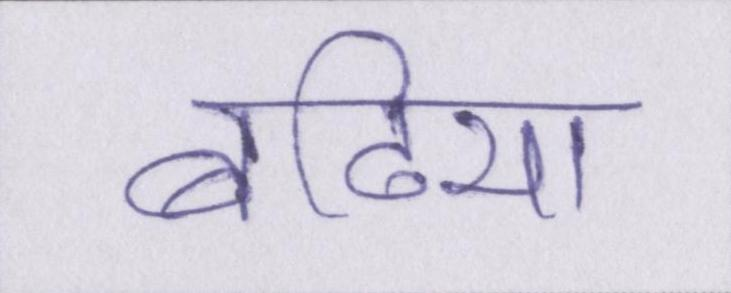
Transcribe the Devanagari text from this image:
बढि़या